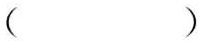
( )